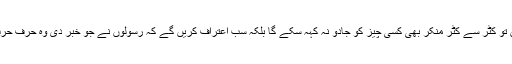
قیامت کے دن تو کٹر سے کٹر منکر بھی کسی چیز کو جادو نہ کہہ سکے گا بلکہ سب اعتراف کریں گے کہ رسولوں نے جو خبر دی وہ حرف حرف سچی نکلی۔